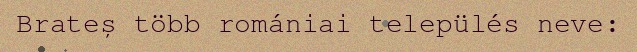
Brateș több romániai település neve: